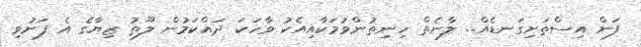
ފަން އިސްތަށިގަނޑެއް.. ލާނެތް ހިނިތުންވުމަކާއިއެކު ވާހަކަ ދައްކަމުން ލޫތު ޒިޔާގެ އެ ފަށުވި